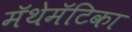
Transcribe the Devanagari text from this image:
मॅथेमॅटिका